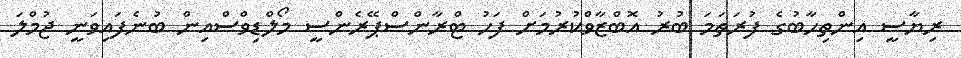
ރިޔާސީ އިންތިހާބުގެ ފުރަތަމަ ބުރު އޮބްޒާވްކުރުމަށް ފަހު ޓްރާންސްޕޭރެންސީ މޯލްޑިވްސްއިން ބުނެފައިވަނީ ޖުމްލަ